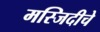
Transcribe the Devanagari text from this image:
मस्जिदीचे